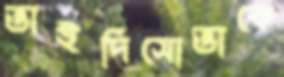
ভাইদিসোভাকে